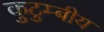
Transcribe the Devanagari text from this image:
कुटुम्बीय